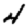
Digit: 4